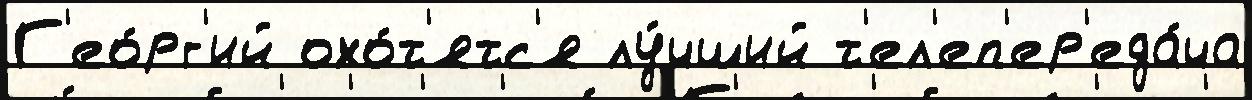
Г'ео́рг'ий охо́т'ятс'я лу́чший т'ел'еп'ер'еда́ча